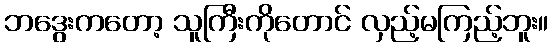
ဘဒွေးကတော့ သူကြီးကိုတောင် လှည့်မကြည့်ဘူး။